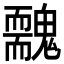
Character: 䰭